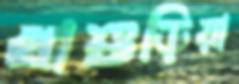
খাশুড়িয়া